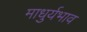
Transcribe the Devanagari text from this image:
माधुर्यभाव